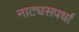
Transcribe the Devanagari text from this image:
नाट्यसपर्धा